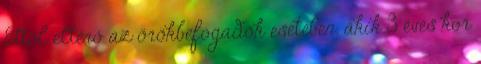
Ettől eltérő az örökbefogadók esetében, akik 3 éves kor